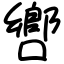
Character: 㗽